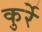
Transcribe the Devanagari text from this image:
कुर्रे